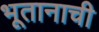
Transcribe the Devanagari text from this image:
भूतानाची